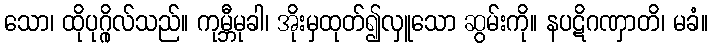
သော၊ ထိုပုဂ္ဂိုလ်သည်။ ကုမ္ဘီမုခါ၊ အိုးမှထုတ်၍လှူသော ဆွမ်းကို။ နပဋိဂဏှာတိ၊ မခံ။